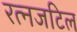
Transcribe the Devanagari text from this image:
रत्नजटिल